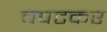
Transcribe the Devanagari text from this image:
चपटकर